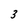
Character: 3